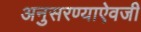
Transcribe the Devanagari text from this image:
अनुसरण्‍याऐवजी